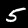
Label: 5